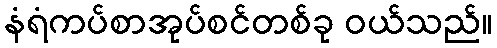
နံရံကပ်စာအုပ်စင်တစ်ခု ဝယ်သည်။